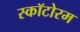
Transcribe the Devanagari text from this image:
स्कॉटोरम